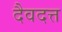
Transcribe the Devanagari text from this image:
दैवदत्त